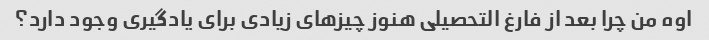
اوه من چرا بعد از فارغ التحصیلی هنوز چیزهای زیادی برای یادگیری وجود دارد؟